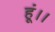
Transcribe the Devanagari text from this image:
हूं।।